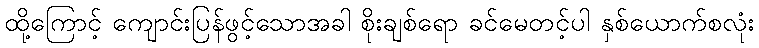
ထို့ကြောင့် ကျောင်းပြန်ဖွင့်သောအခါ စိုးချစ်ရော ခင်မေတင့်ပါ နှစ်ယောက်စလုံး